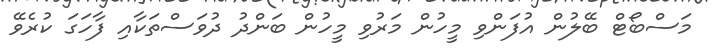
މަސްބޯޓް ބޭލުން އުފަންވި މީހުން މަރުވި މީހުން ބަންދު ދުވަސްތަކާއި ފާހަގަ ކުރެވޭ